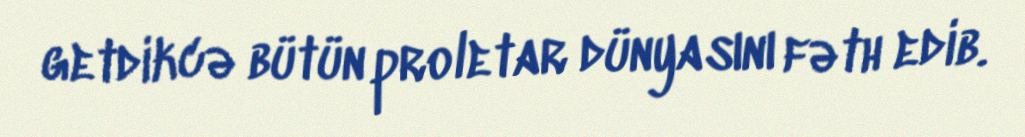
getdikcə bütün proletar dünyasını fəth edib.